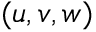
( u , v , w )